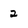
Character: 2